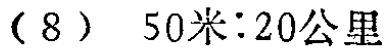
(8) \(50米:20公里\)